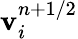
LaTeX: {\mathbf{v}}_{i}^{n+1/2}